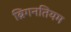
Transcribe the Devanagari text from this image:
ब्रिगनतियम